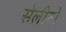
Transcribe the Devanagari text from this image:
सेलीनो